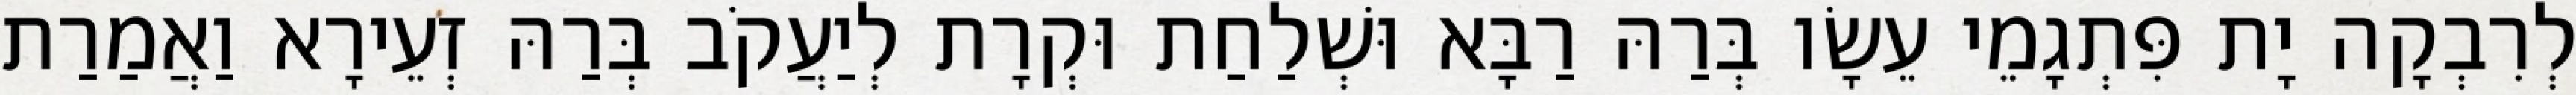
לְרִבְקָה יָת פִּתְגָמֵי עֵשָׂו בְּרַהּ רַבָּא וּשְׁלַחַת וּקְרָת לְיַעֲקֹב בְּרַהּ זְעֵירָא וַאֲמַרַת